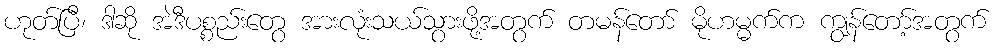
ဟုတ်ပြီ၊ ဒါဆို အဲဒီပစ္စည်းတွေ အားလုံးသယ်သွားဖို့အတွက် တမန်တော် မိုဟမ္မက်က ကျွန်တော့်အတွက်